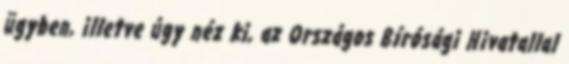
ügyben, illetve úgy néz ki, az Országos Bírósági Hivatallal